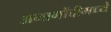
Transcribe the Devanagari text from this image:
अनागोंदीमध्ये